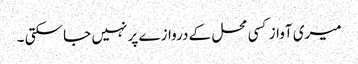
میری آواز کسی محل کے دروازے پر نہیں جا سکتی ۔